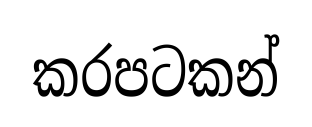
කරපටකන්